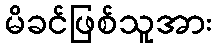
မိခင်ဖြစ်သူအား